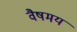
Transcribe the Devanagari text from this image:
वैषमय